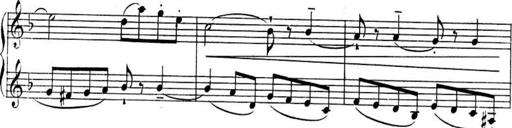
Title: Sonatines
Composer: Hedwige ChrÃ©tien